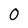
Character: 0